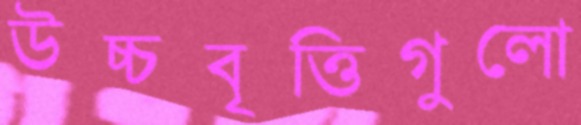
উচ্চবৃত্তিগুলো